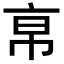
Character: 𢂚